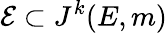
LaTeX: {\mathcal{E}}\subset J^{k}(E,m)